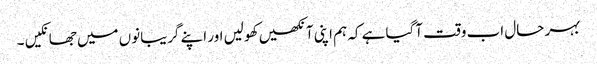
بہر حال اب وقت آگیا ہے کہ ہم اپنی آنکھیں کھولیں اور اپنے گریبانوں میں جھانکیں ۔